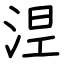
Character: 𣵀